Annual administration report of the Civil Veterinary Department of India - 1896-1897
Year: 1896
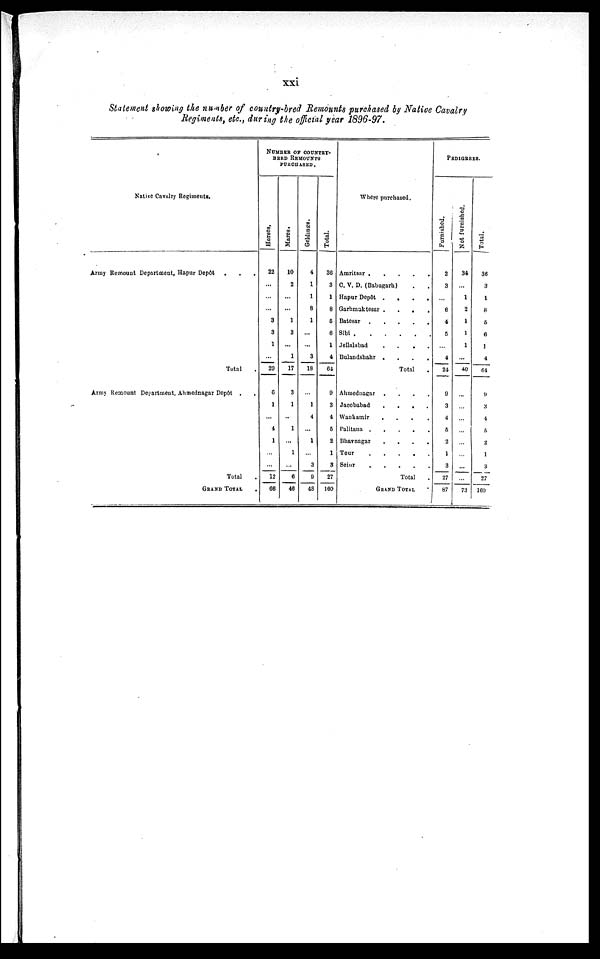
xxi
Statement showing the number of country-bred Remounts purchased by Native Cavalry
Regiments, etc., during the official year 1896-97.
Native Cavalry Regiments.
Army Remount Department, Hapur Depôt . . .
Total .
Army Remount Department, Ahmednagar Depôt . .
Total .
GRAND TOTAL .
NUMBER OF COUNTRY-
BRED REMOUNTS
PURCHASED.
Hor s e s .
22
...
...
...
3
3
1
...
29
6
1
...
4
1
...
...
12
66
Ma r
e s .
10
2
...
...
1
3
...
1
17
3
1
...
1
...
1
...
6
46
Gel di ngs .
4
1
1
8
1
...
...
3
18
...
1
4
...
1
...
3
9
48
Total.
36
3
1
8
5
6
1
4
64
9
3
4
5
2
1
3
27
160
Where purchased.
Amritsar . . . . .
C. V. D. (Babugarh) . .
Hapur Depôt .
.
.
.
Garhmaktesar .
.
.
.
Batesar . . . . .
Sibi
.
.
.
.
.
Jellalabad
.
.
.
.
Bulandshahr .
.
.
.
Total .
Ahmednagar .
.
.
.
Jacobabad
.
.
.
.
Wankamir
.
.
.
.
Palitana . . . . .
Bhavnagar
.
.
.
.
Teur . . . . .
Seiur . . . . .
Total
GRAND TOTAL .
PEDIGREES.
Furnished.
2
3
...
6
4
5
...
4
24
9
3
4
5
2
1
3
27
87
Not f ur ni s hed.
34
...
1
2
1
1
1
...
40
...
...
...
...
...
...
...
...
73
Total.
36
3
1
8
5
6
1
4
64
9
3
4
5
2
1
3
27
160